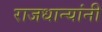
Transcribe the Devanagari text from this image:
राजधान्यांनी